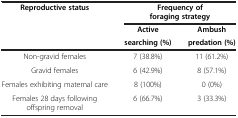
| <ROWSPAN=3> Reproductive status | <COLSPAN=2> Frequency of foraging strategy |
 | Active | Ambush |
 | searching (%) | predation (%) |
 | --- | --- | --- |
 | Non-gravid females | 7 (38.8%) | 11 (61.2%) |
 | Gravid females | 6 (42.9%) | 8 (57.1%) |
 | Females exhibiting maternal care | 8 (100%) | 0 (0%) |
 | Females 28 days following offspring removal | 6 (66.7%) | 3 (33.3%) |